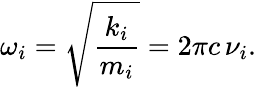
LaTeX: \omega_{i}=\sqrt{\frac{k_{i}}{m_{i}}}=2\pi c\, \nu_{i}.